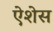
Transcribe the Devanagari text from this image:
ऐशेस